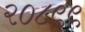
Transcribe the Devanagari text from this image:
२०८९९